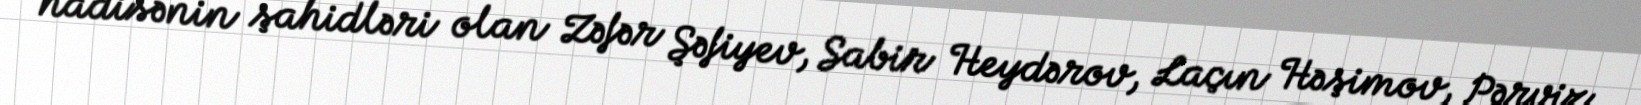
hadisənin şahidləri olan Zəfər Şəfiyev, Sabir Heydərov, Laçın Həşimov, Pərviz